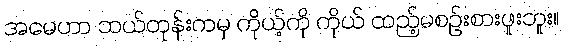
အမေဟာ ဘယ်တုန်းကမှ ကိုယ့်ကို ကိုယ် ထည့်မစဉ်းစားဖူးဘူး။